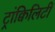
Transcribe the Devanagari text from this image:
ट्रांक्विलिटी